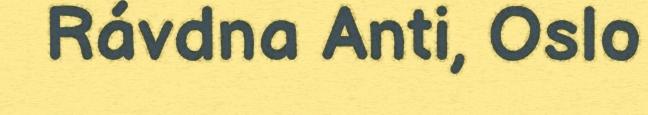
Rávdna Anti, Oslo